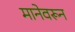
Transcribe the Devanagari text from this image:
मानेवरून